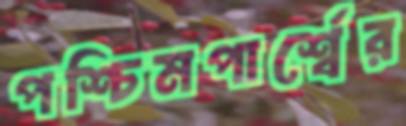
পশ্চিমপার্শ্বের